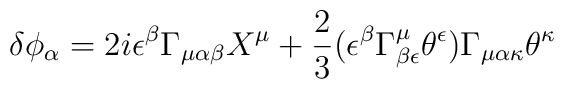
\delta \phi_{\alpha} = 2i \epsilon^{\beta} \Gamma _{\mu \alpha \beta} X^{\mu}+ \frac{2}{3} (\epsilon^{\beta} \Gamma ^{\mu}_ {\beta \epsilon} \theta ^{\epsilon}) \Gamma _{\mu \alpha \kappa} \theta^{\kappa}